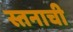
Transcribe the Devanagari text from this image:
स्तनाची